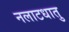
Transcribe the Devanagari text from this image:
नलाटधातु